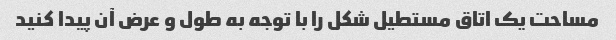
مساحت یک اتاق مستطیل شکل را با توجه به طول و عرض آن پیدا کنید